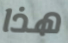
هذا